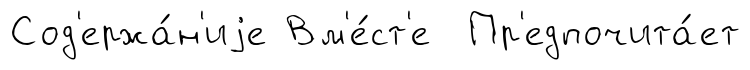
Сод'ержа́н'иjе Вм'е́ст'е Пр'едпочита́ет